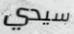
سيدي